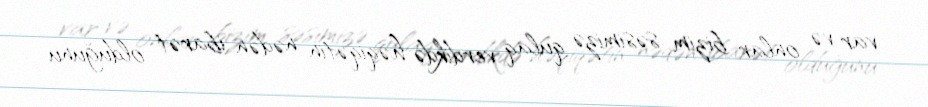
var və onlar bizim səsimizə qulaq verdikdə həqiqətin nədən ibarət olduğunu